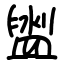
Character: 盥